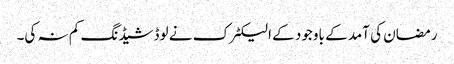
رمضان کی آمد کے باوجود کے الیکٹرک نے لوڈشیڈنگ کم نہ کی۔